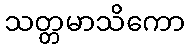
သတ္တမာသိကော